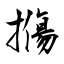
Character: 摥